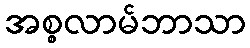
အစ္စလာမ်ဘာသာ